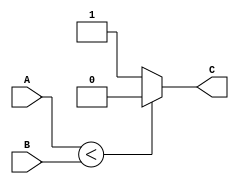
`timescale 1ns / 1ps
//////////////////////////////////////////////////////////////////////////////////
// Company: 
// Engineer: 
// 
// Design Name: 
// Module Name:    comparador 
// Project Name: 
// Target Devices: 
// Tool versions: 
// Description: 
//
// Dependencies: 
//
// Revision: 
// Revision 0.01 - File Created
// Additional Comments: 
//
//////////////////////////////////////////////////////////////////////////////////
module comparador(C, A, B); // describe un comparador de dos bits
	input [4:0] A;
	input [4:0]	B;
	output reg C;
	
	always @*	
	begin 
		if (A < B) C <= 1'b0;
		else C <= 1'b1;
	end 
endmodule